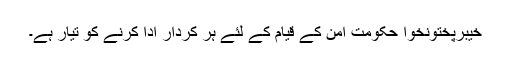
خیبرپختونخوا حکومت امن کے قیام کے لئے ہر کردار ادا کرنے کو تیار ہے۔